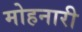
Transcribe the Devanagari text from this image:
मोहनारी